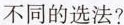
不同的选法?